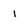
Character: i